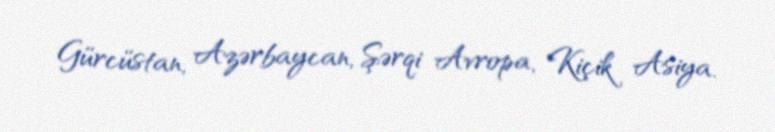
Gürcüstan, Azərbaycan, Şərqi Avropa, Kiçik Asiya.